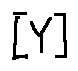
[ Y ]